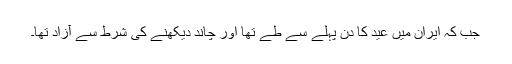
جب کہ ایران میں عید کا دن پہلے سے طے تھا اور چاند دیکھنے کی شرط سے آزاد تھا۔